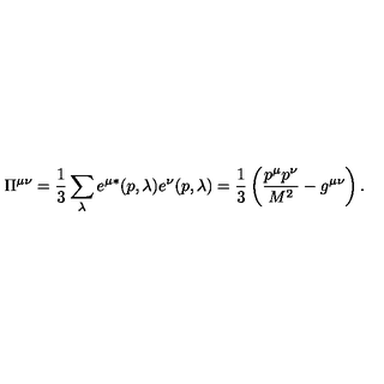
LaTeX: \Pi ^ { \mu \nu } = \frac { 1 } { 3 } \sum _ { \lambda } e ^ { \mu * } ( p , \lambda ) e ^ { \nu } ( p , \lambda ) = \frac { 1 } { 3 } \left( \frac { p ^ { \mu } p ^ { \nu } } { M ^ { 2 } } - g ^ { \mu \nu } \right) .